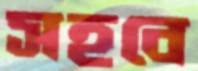
সহবে